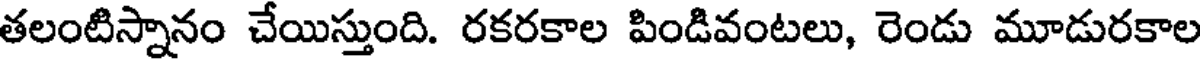
తలంటిస్నానం చేయిస్తుంది. రకరకాల పిండివంటలు, రెండు మూడురకాల